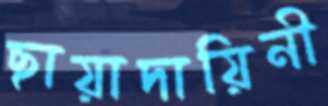
ছায়াদায়িনী